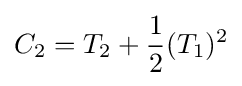
C_{2}=T_{2}+{\frac {1}{2}}(T_{1})^{2}